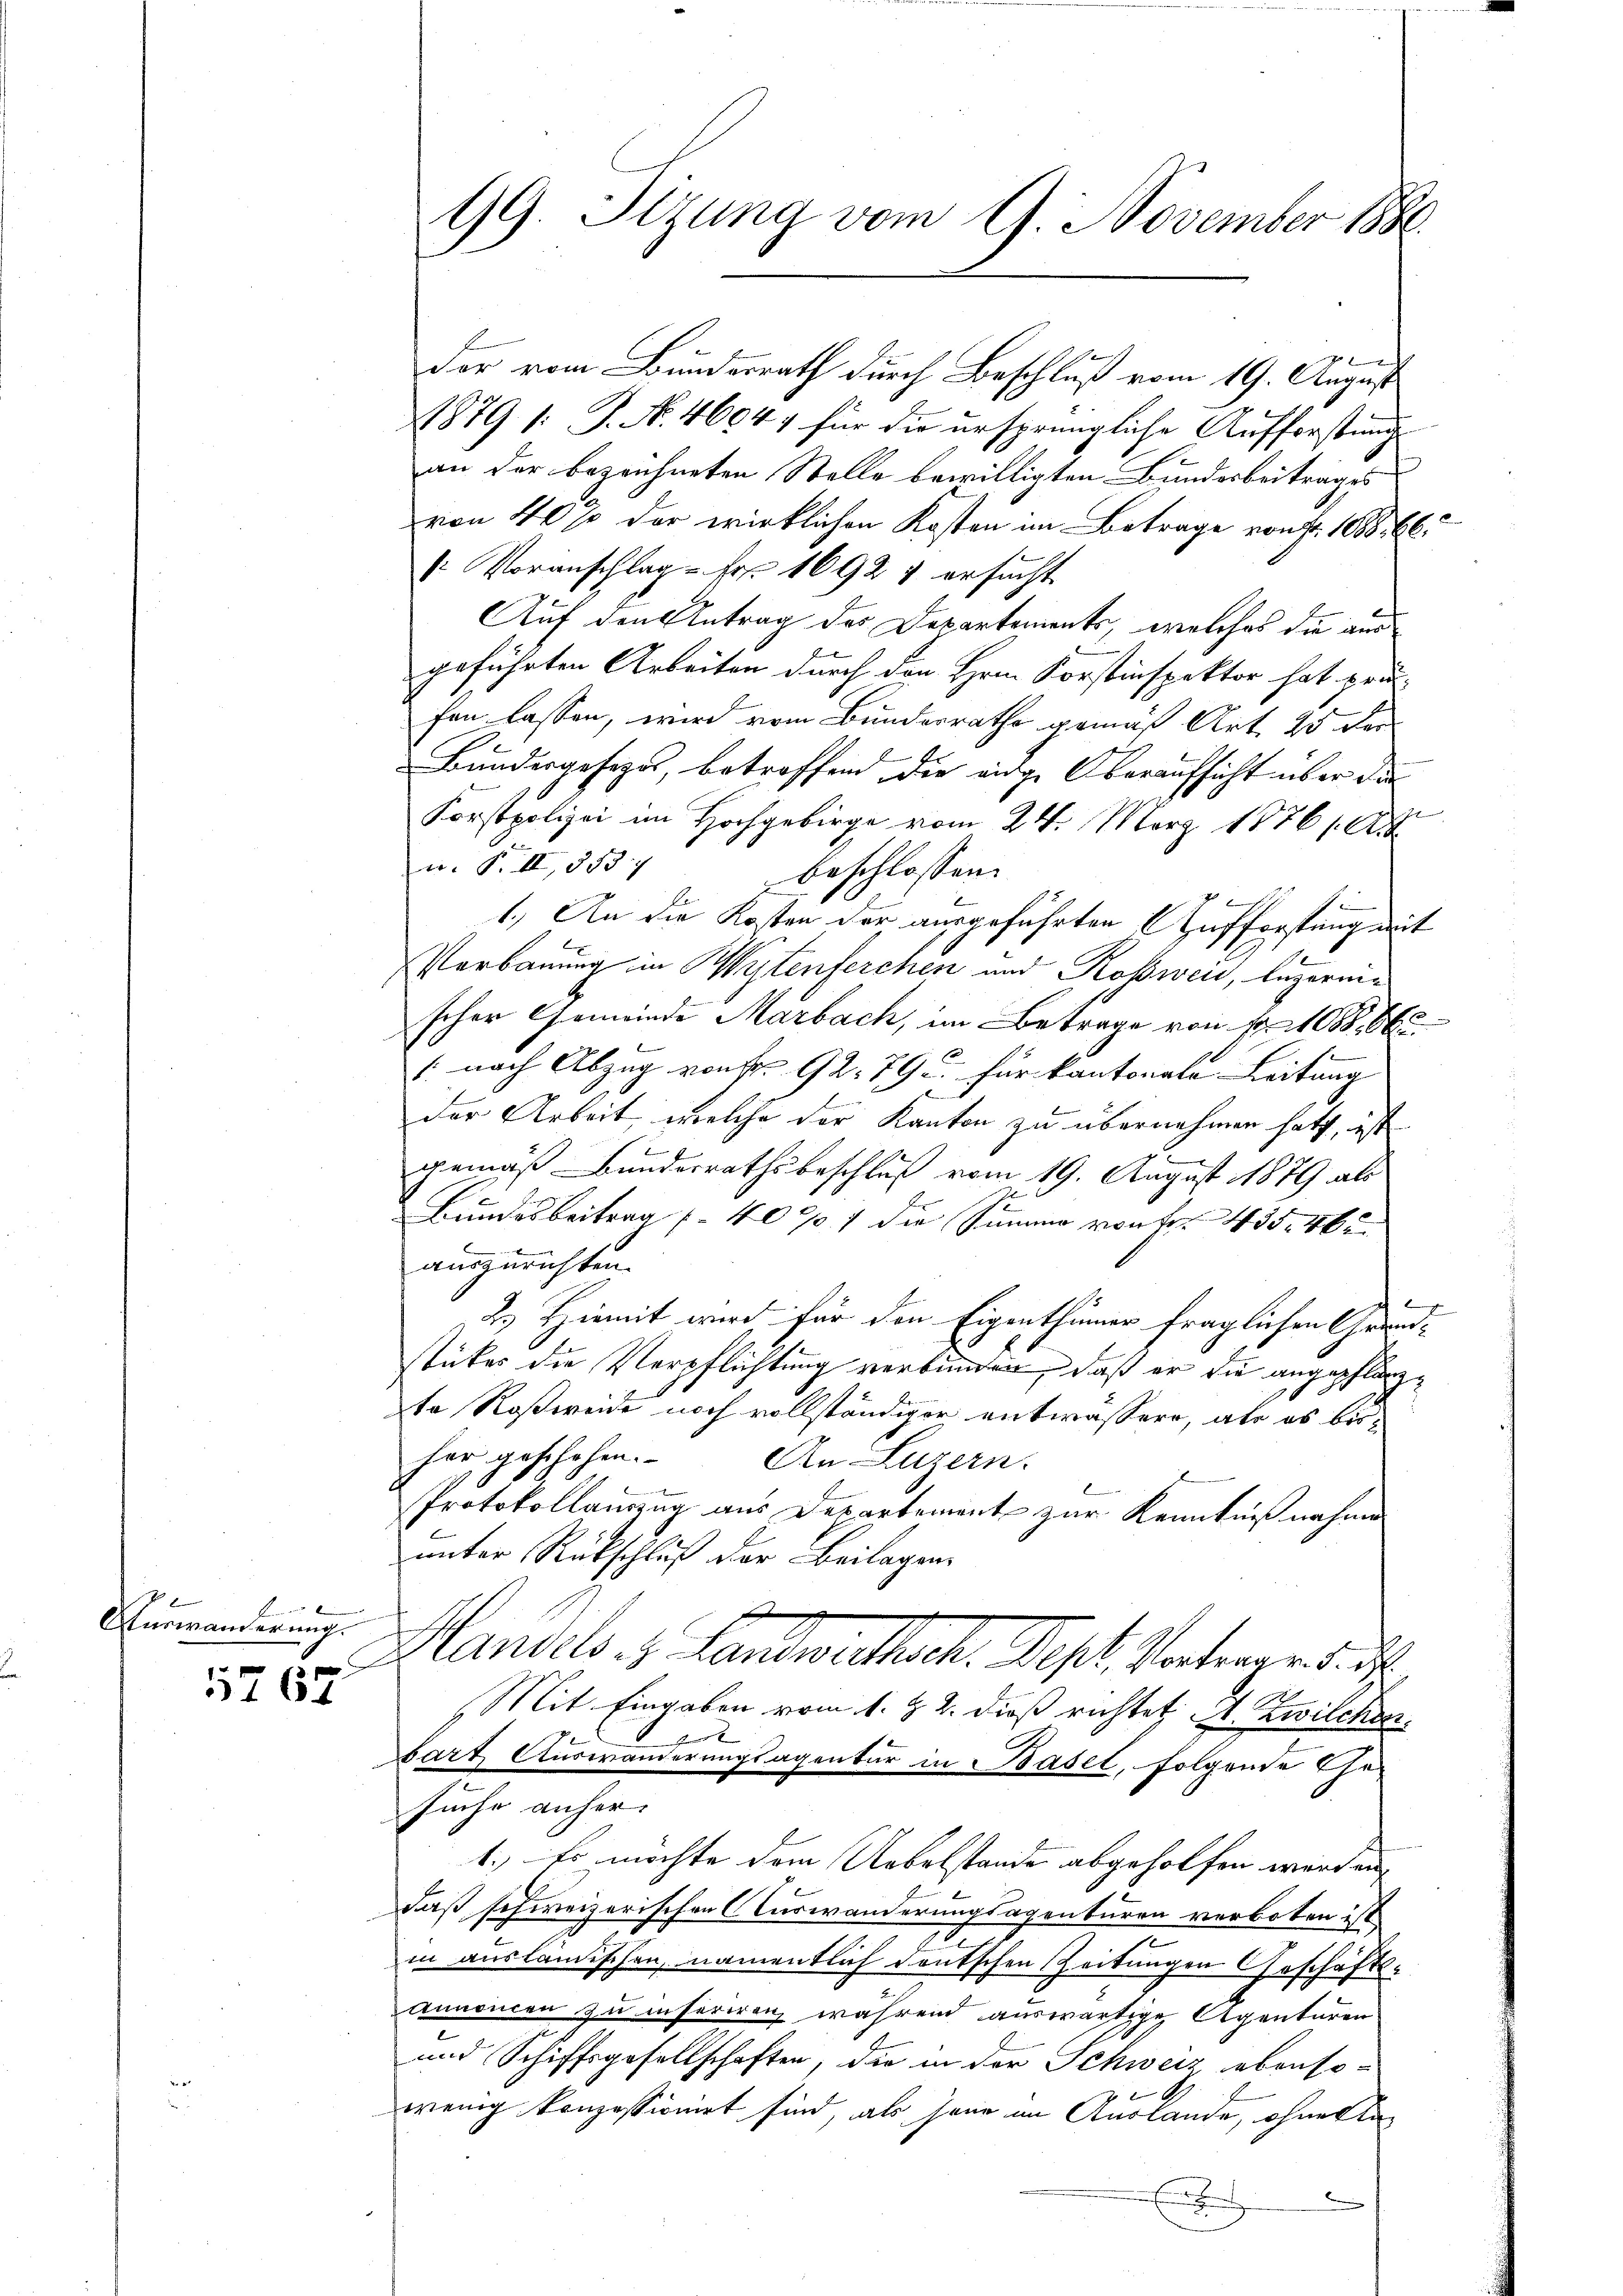
m

Auswanderung.

5767

99. Setzung vom 9. November 1880

der vom Bundesrath durch Beschluß vom 19. August
1879 1: J. N. 46047 für die ursprüngliche Aufforstung
an der bezeichneten Stelle bewilligten Bundesbeitrages
von 40% der wirklichen Kosten im Betrage von Fr. 1888. 66.
 Voranschlag Fr. 1692 4 ersucht
Auf den Antrag des Departements, welches die aus
geführten Arbeiten durch den Herrn Korstinspektor hat prü-
fen lassen, wird vom Bunderrathe gemäß Art. 25 der
Bundergesezes, betroffend die virge Oberaufsicht über die
f
Korstpolizei im Hochgebirge vom 24. März 1876 Art
n. F. II, 553. 7
beschlossen:
1.) An die Kosten der ausgeführten Aufforstung mit
Verbauung in Wytenferchen und Roßweid, Luzernscher Gemeinde Marbach, im Betrage von Fr. 1088. 665
1. nach Abzug von Fr. 92. 79 u. für kantonale Leitung
der Arbeit, welche der Kanton zu übernehmen hatt, ist
1
gemäß Bunderrathsbeschluß vom 19. August 1879 als
Bundesbeitrag (4000 f die Summe von Fr. 435. 46
auszurichten.
2.) Hiemit wird für den Eigenthümer fraglichen Grundstückes die Verpflichtung verbunden, daß er die angepflänzte Roßweide noch vollständiger entwässern, als es bisfer geschehen. An Luzern.
Protokollauszug aus Departement zur Kenntnißnahme
unter Rückschluß der Beilagen
Mandels. z. Landwirthsch. Sept. Vortrages d
2
Mit Eingaben vom 1. Z. 2. dieß richtet A. Zwilchen.
Fr
bart Auswanderungsagentur in Basel, folgende Ge-
suche anher
1.) Es möchte dem Uebelstande abgeholfen werden, |
daß schweizerischen Auswanderungsagenburen verboten ist.
in ausländischen, namentlich deutschen Zeitungen Geschäfts¬
Annoncen zu inseriren, während auswärtige Agenturen
und Schiffsgesellschaften, die in der Schweiz ebenso-
wenig konzessionirt sind, als jene im Auslande, ohne Ane
.